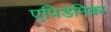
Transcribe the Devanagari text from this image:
एपिडेमिका